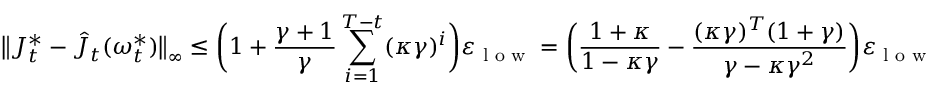
\bigl \| J _ { t } ^ { * } - \hat { J } _ { t } ( \boldsymbol { \omega } _ { t } ^ { * } ) \bigr \| _ { \infty } \leq \biggl ( 1 + \frac { \gamma + 1 } { \gamma } \sum _ { i = 1 } ^ { T - t } ( \kappa \gamma ) ^ { i } \biggr ) \varepsilon _ { \textnormal { l o w } } = \biggl ( \frac { 1 + \kappa } { 1 - \kappa \gamma } - \frac { ( \kappa \gamma ) ^ { T } ( 1 + \gamma ) } { \gamma - \kappa \gamma ^ { 2 } } \biggr ) \varepsilon _ { \textnormal { l o w } }